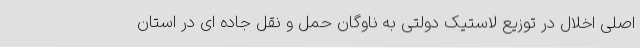
اصلی اخلال در توزیع لاستیک دولتی به ناوگان حمل و نقل جاده ای در استان